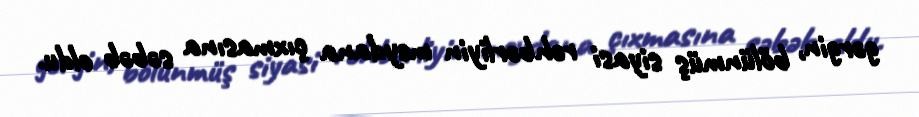
gərgin, bölünmüş siyasi rəhbərliyin meydana çıxmasına səbəb oldu.